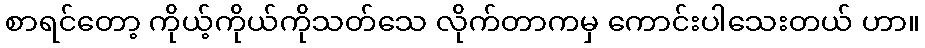
စာရင်တော့ ကိုယ့်ကိုယ်ကိုသတ်သေ လိုက်တာကမှ ကောင်းပါသေးတယ် ဟာ။